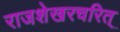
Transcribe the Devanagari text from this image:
राजशेखरचरित्